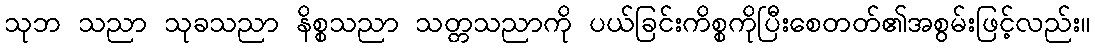
သုဘ သညာ သုခသညာ နိစ္စသညာ သတ္တသညာကို ပယ်ခြင်းကိစ္စကိုပြီးစေတတ်၏အစွမ်းဖြင့်လည်း။